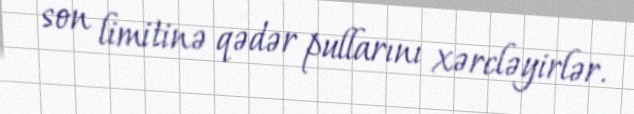
son limitinə qədər pullarını xərcləyirlər.